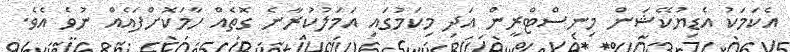
އެކަމަކު އެޑިޔުކޭޝަން މިނިސްޓްރީން އަދި މިކަމުގައި އަމަލުކުރާނެ ގޮތެއް ހާމަކޮށްފައެއް ނުވެ އެވެ.